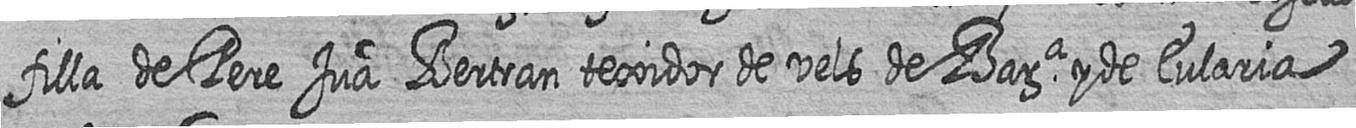
filla de Pere Jua Bertran texidor de vels de Bara y de Eularia